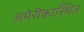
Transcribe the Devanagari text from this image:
अमेरीकास्थित